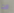
انت